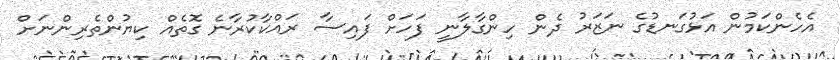
އެހެންކަމުން އަޅުގަނޑުގެ ނަޒަރު ދެން ހިންގާލާނީ ފަހަށް ފައިސާ ރައްކާކުރާނެ ގޮތެއް ކިޔުންތެރިންނަށް